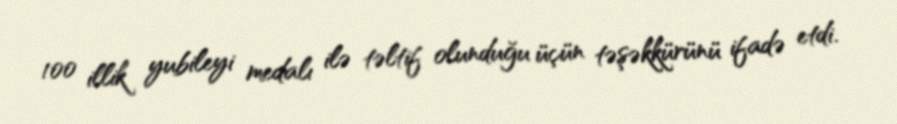
100 illik yubileyi medalı ilə təltif olunduğu üçün təşəkkürünü ifadə etdi.